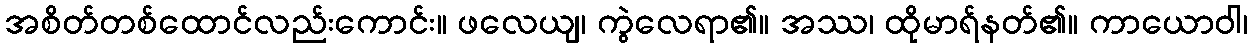
အစိတ်တစ်ထောင်လည်းကောင်း။ ဖလေယျ၊ ကွဲလေရာ၏။ အဿ၊ ထိုမာရ်နတ်၏။ ကာယောဝါ၊